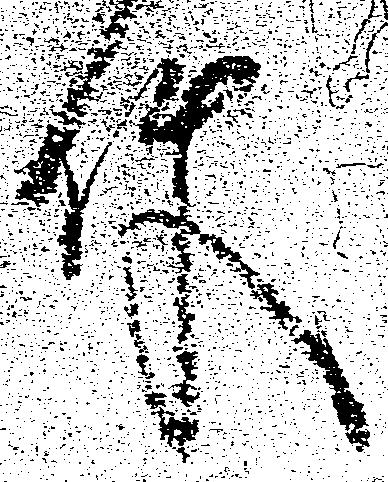
件